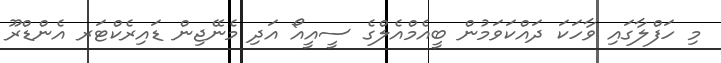
މި ހަފްލާގައި ވާހަކަ ދައްކަވަމުން ބީއެމްއެލްގެ ސީއީއޯ އަދި މެނޭޖިން ޑައިރެކްޓަރ އެންޑްރޫ